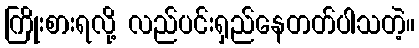
ကြိုးစားရလို့ လည်ပင်းရှည်နေတတ်ပါသတဲ့။